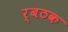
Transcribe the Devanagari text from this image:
र्बठक